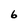
Character: 6